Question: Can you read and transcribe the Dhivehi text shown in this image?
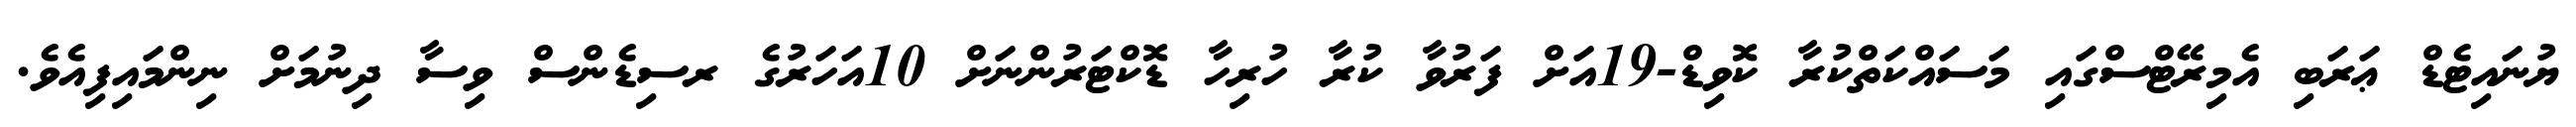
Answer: ޔުނައިޓެޑް ޢަރަބި އެމިރޭޓްސްގައި މަސައްކަތްކުރާ ކޮވިޑް-19އަށް ފަރުވާ ކުރާ ހުރިހާ ޑޮކްޓަރުންނަށް 10އަހަރުގެ ރސިޑެންސް ވިސާ ދިނުމަށް ނިންމައިފިއެވެ.